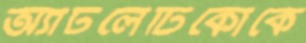
অ্যাটলেটিকোকে